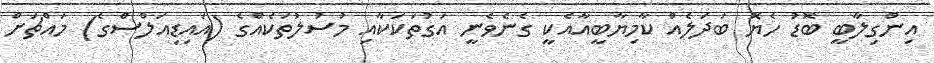
އިންގިލާބީ ބޮޑު ހެޔޮ ބަދަލެއް ކާމިޔާބީއާއެކީ ގެނެވެނީ އަގުތަކަކާއި މުސުލުތަކެއްގެ (އައިޑިއަލްސްގެ) މައްޗަށް